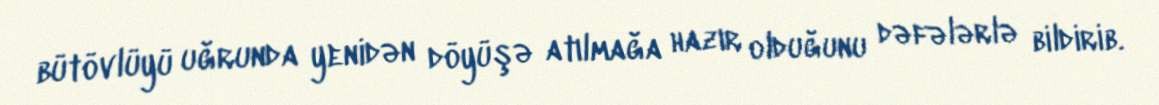
bütövlüyü uğrunda yenidən döyüşə atılmağa hazır olduğunu dəfələrlə bildirib.